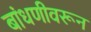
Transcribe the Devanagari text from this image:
बांधणीवरून